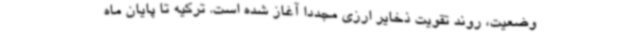
وضعیت، روند تقویت ذخایر ارزی مجددا آغاز شده است. ترکیه تا پایان ماه